Lunatic asylums Burma 1907-21 - 1907-1921
Year: 1907
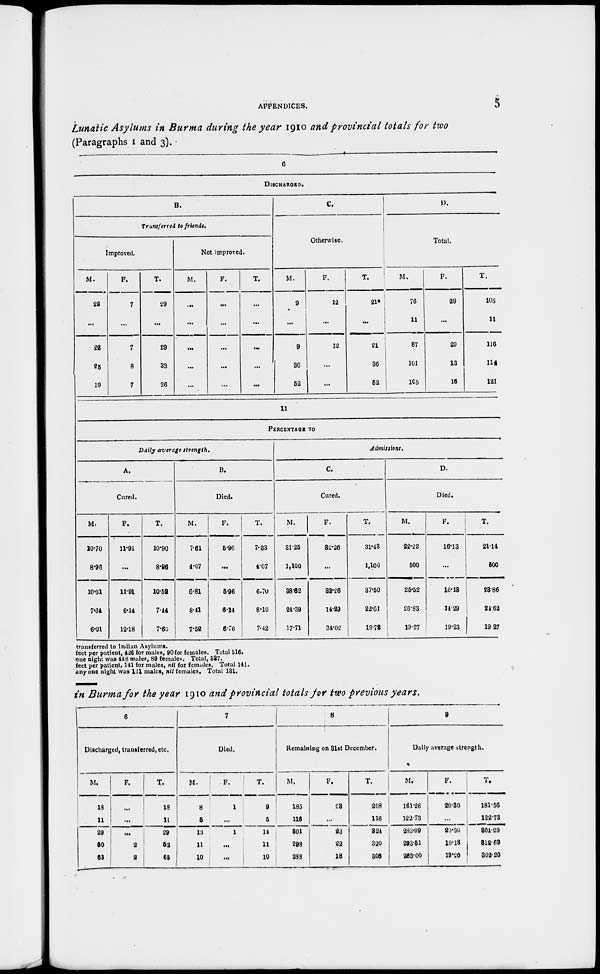
APPENDICES.
5
Lunatic Asylums in Burma during the year 1910 and provincial totals for two
(Paragraphs 1 and 3).
6
DISCHARGED.
B.
Transferred to friends.
Improved.
M.
22
...
22
25
19
F.
7
...
7
8
7
T.
29
...
29
33
26
Not improved.
M.
...
...
...
...
...
F.
...
...
...
...
...
T.
...
...
...
...
...
C.
Otherwise.
M.
9
...
9
36
52
F.
12
...
12
...
...
T.
21*
...
21
36
52
D.
Total.
M.
76
11
87
101
105
F.
29
...
29
13
16
T.
105
11
116
114
121
11
PERCENTAGE TO
Daily average strength.
A.
Cured.
M.
10.70
8.96
10.31
7.34
6.91
F.
11.91
...
11.91
6.14
12.18
T.
10.90
8.96
10.52
7.44
7.60
B.
Died.
M.
7.61
4.07
6.81
8.41
7.52
F.
5.96
...
5.96
6.14
6.76
T.
7.33
4.07
6.70
8.10
7.42
Admissions.
C.
Cured.
M.
31.25
1,100
38.62
24.39
17.71
F.
32.26
...
32.26
14.29
34.02
T.
31.43
1,100
37.50
22.61
19.72
D.
Died.
M.
22.22
500
25.52
20.83
19.27
F.
16.13
...
16.13
14.29
19.23
T.
21.14
500
23.86
24.62
19.27
transferred to Indian Asylums.
feet per patient, 426 for males, 90 for females. Total 516.
one night was 448 males, 89 females. Total, 537.
feet per patient, 141 for males, nil for females. Total 141.
any one night was 131 males, nil females. Total 131.
in Burma for the year 1910 and provincial totals for two previous years.
6
Discharged, transferred, etc.
M.
18
11
29
50
63
F.
...
...
...
2
2
T.
18
11
29
52
65
7
Died.
M.
8
5
13
11
10
F.
1
...
1
...
...
T.
9
5
14
11
10
8
Remaining on 31st December.
M.
185
116
301
298
288
F.
23
...
23
22
18
T.
208
116
324
320
306
9
Daily average strength.
M.
161.26
122.73
283.99
293.51
283.00
F.
20.30
...
20.30
19.18
19.20
T.
181.56
122.73
304.29
312.69
302.20